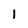
Character: 1